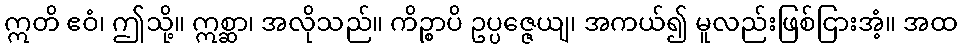
ဣတိ ဧဝံ၊ ဤသို့။ ဣစ္ဆာ၊ အလိုသည်။ ကိဉ္စာပိ ဥပ္ပဇ္ဇေယျ၊ အကယ်၍ မူလည်းဖြစ်ငြားအံ့။ အထ